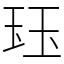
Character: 𤤴